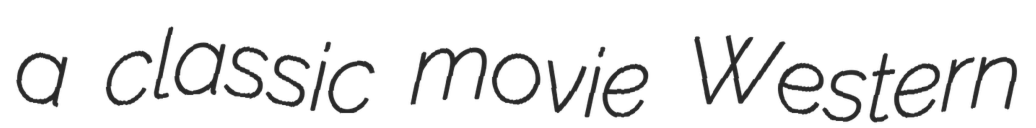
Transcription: a classic movie Western